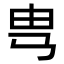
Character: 㽕